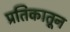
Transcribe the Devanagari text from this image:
प्रतिकातून